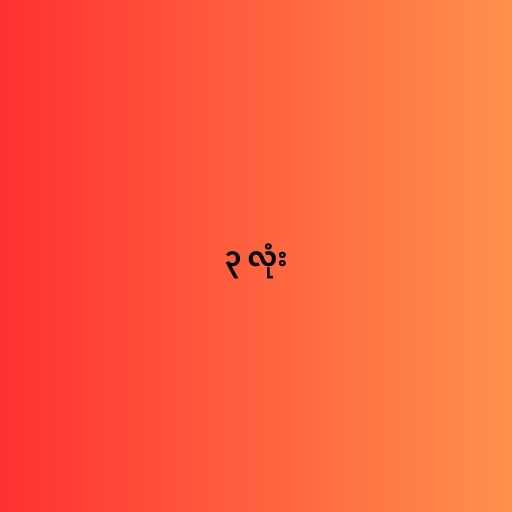
၃ လုံး